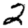
Digit: 2